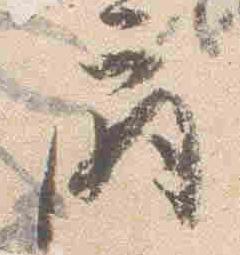
扇